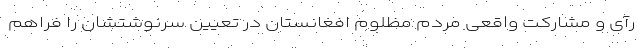
رآی و مشارکت واقعی مردم مظلوم افغانستان در تعیین سرنوشتشان را فراهم